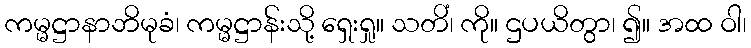
ကမ္မဋ္ဌာနာဘိမုခံ၊ ကမ္မဋ္ဌာန်းသို့ ရှေးရှု။ သတိံ၊ ကို။ ဌပယိတွာ၊ ၍။ အထ ဝါ၊